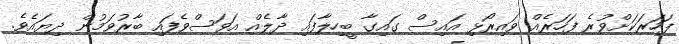
ފަހަރަކަށްވުރެ ފަހަރެއް ވައިރޯޅި އައިސް ގައިގާ ބީހިލާފައި ދާލެއް އަވަސްވެފައި ބާރުވަމުން ދިޔައެވެ.